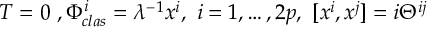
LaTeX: T = 0 \ , \Phi _ { c l a s } ^ { i } = \lambda ^ { - 1 } x ^ { i } , \ i = 1 , \dots , 2 p , \ [ x ^ { i } , x ^ { j } ] = i \Theta ^ { i j }